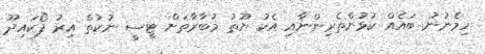
ހިމެނުނު ބައެއް ކުޅުންތެރިންނާއި އެކު ޔޫތު މުބާރާތަށް ޓީސީ ނުކުތް އިރު ފޯކައިދޫ